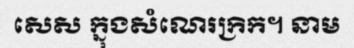
សេស ក្នុងសំណេរក្រិក។ នាម